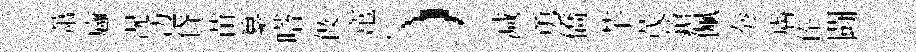
萧廱況边貸苗纂嗒伋𥧄）減勇僑芋茂鎗佩奏膚俸闘